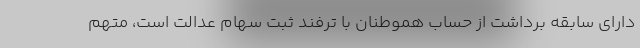
دارای سابقه برداشت از حساب هموطنان با ترفند ثبت سهام عدالت است، متهم